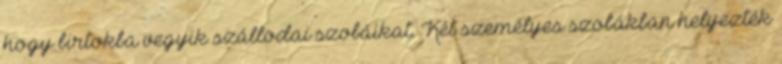
hogy birtokba vegyik szállodai szobáikat. Két személyes szobákban helyezték